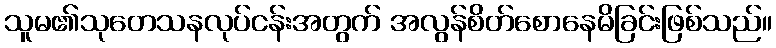
သူမ၏သုတေသနလုပ်ငန်းအတွက် အလွန်စိတ်စောနေမိခြင်းဖြစ်သည်။